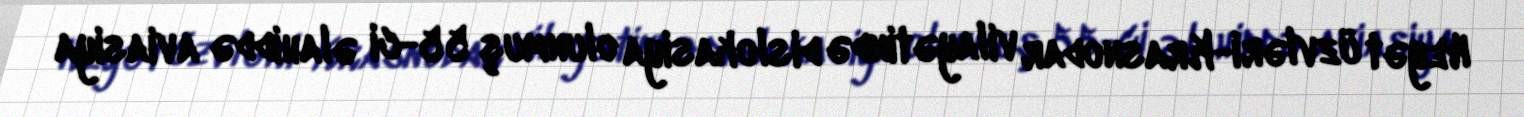
Heyət üzvləri-Krasnodar vilayətində dislokasiya olunmuş 55-ci əlahiddə aviasiya